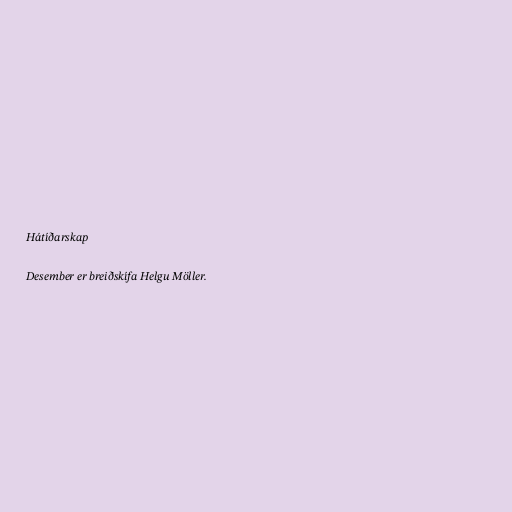
Hátíðarskap

Desember er breiðskífa Helgu Möller.